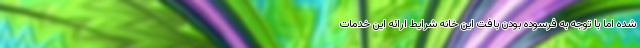
شده اما با توجه به فرسوده بودن بافت این خانه شرایط ارائه این خدمات